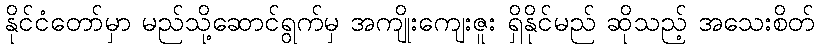
နိုင်ငံတော်မှာ မည်သို့ဆောင်ရွက်မှ အကျိုးကျေးဇူး ရှိနိုင်မည် ဆိုသည့် အသေးစိတ်